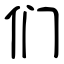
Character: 们